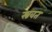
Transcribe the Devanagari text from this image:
स्त्रवत